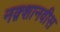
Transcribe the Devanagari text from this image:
नक़्शानवीस